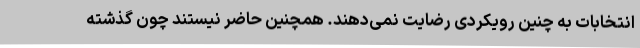
انتخابات به چنین رویکردی رضایت نمی‌دهند. همچنین حاضر نیستند چون گذشته